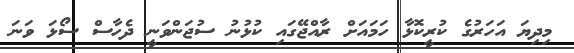
މިދިޔަ އަހަރުގެ ކުރީކޮޅާ ހަމައަށް ރާއްޖޭގައި ކުޅުނު ސުޖަންވަނީ ދެހާސް ސޯޅަ ވަނަ